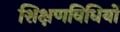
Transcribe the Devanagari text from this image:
शिक्षणविधियों